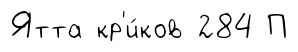
Ятта кр'и́ков 284 П